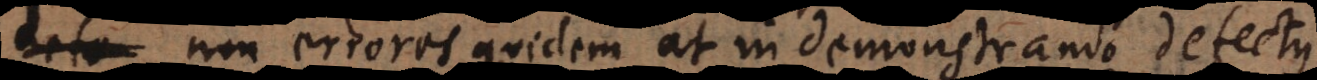
defe non errores quidem, at in demonstrando defectus